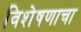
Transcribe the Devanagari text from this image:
विशेषणाचा